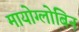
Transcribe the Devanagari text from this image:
मायोग्लोबिन